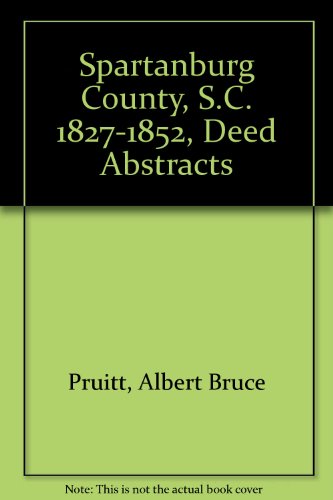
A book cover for Spartanburg County, S.C. Deed Abstracts, 1827-1839 (Vol. #2); Larry Vehorn; Law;